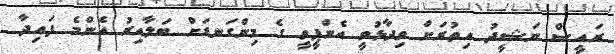
ރައީސް ނަޝީދު އިތުރަށް ވިދާޅުވީ އެންޕީވީ ގެ މިންގަނޑަށް ބަލާއިރު އެންމެ ފައިދާ